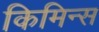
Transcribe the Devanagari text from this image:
किमिन्स